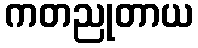
ကတညုတာယ